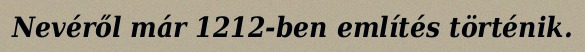
Nevéről már 1212-ben említés történik.